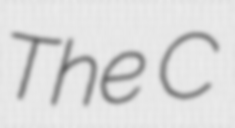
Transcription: The C